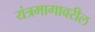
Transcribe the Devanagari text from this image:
यंत्रमागावरील